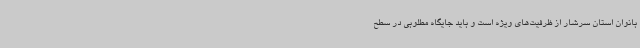
بانوان استان سرشار از ظرفیت‌های ویژه است و باید جایگاه مطلوبی در سطح